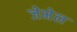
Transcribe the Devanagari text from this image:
जेमेल